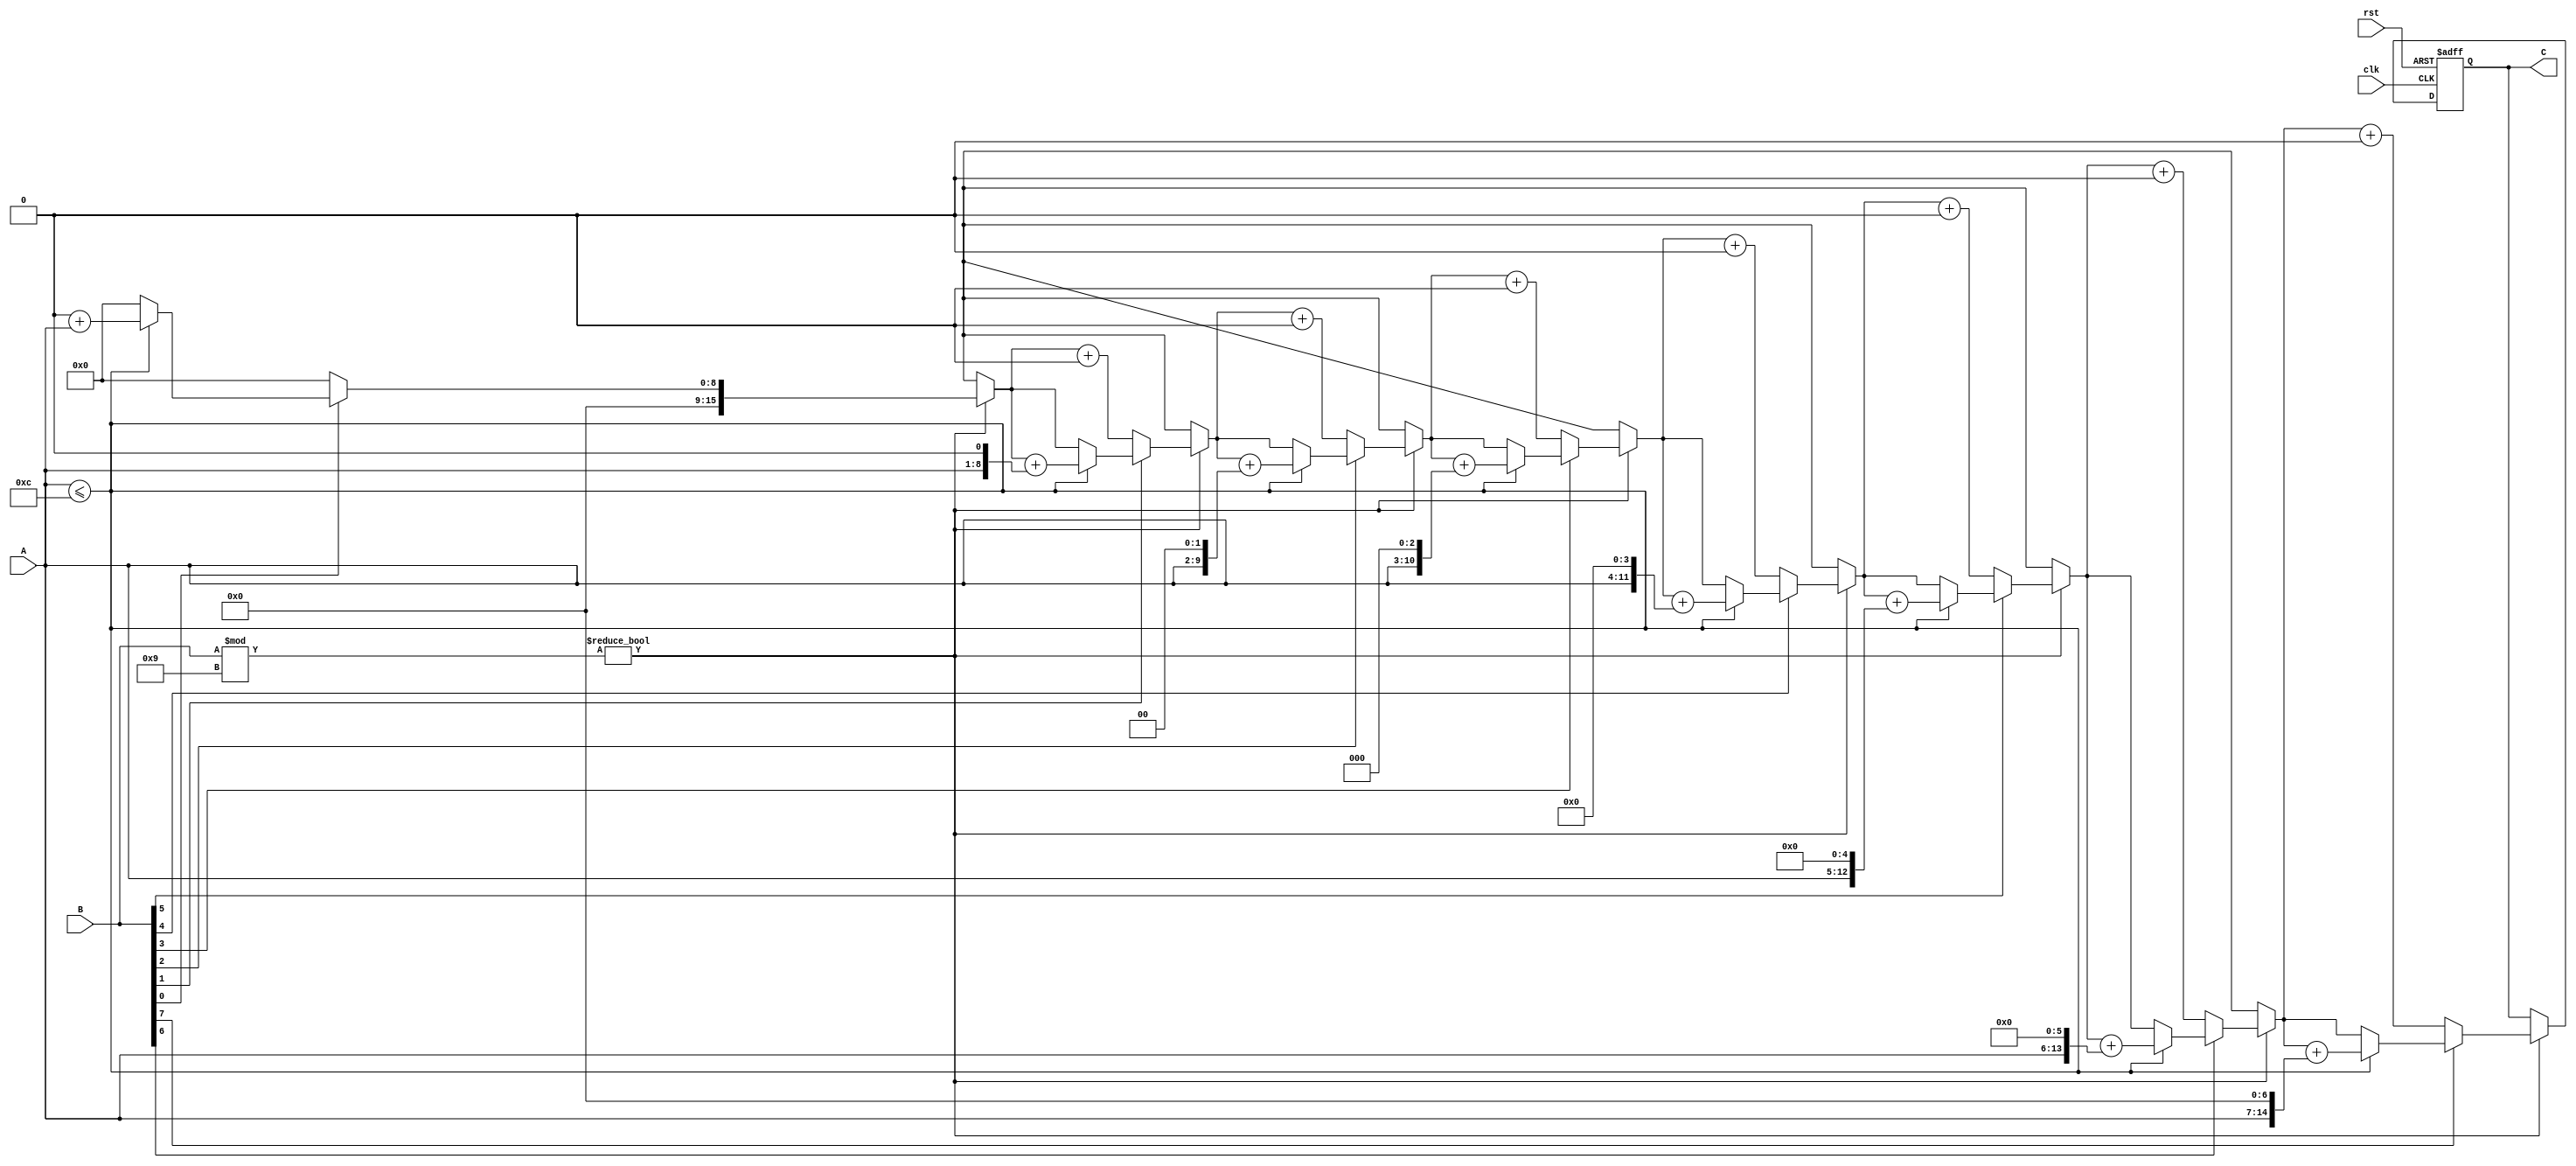
module shift_and_add_binary_multiplier_buggy( clk,rst,A, B, C);
parameter m=8, n=8;
integer i;
input clk,rst;
input [m-1:0] A;
input [n-1:0] B;
output reg [m+n-1:0]C;
reg [m+n-1:0]A1;
reg [n-1:0]B1;
always@(posedge clk or posedge rst )
begin
		if (rst)
		begin
		C=1;
		end
		else 
		if( B % 9!=0 )
		begin
		C=0;
		A1[m-1:0]=A;
		A1[m+n-1:m]=0;
		B1=B;
        for (i=0;i<n;i=i+1)
        begin
			if(B1[i]==1'b0)
			begin
				C=C+0;
			end
			else if (B1[i]==1'b1)
			begin
				if(A1 <= 12)
				C=C+(A1<<i);
			end
		end
		end
end
endmodule